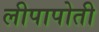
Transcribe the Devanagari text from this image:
लीपापोती